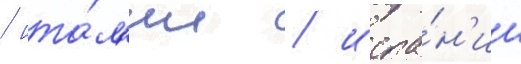
/ ита́л'ии / испа́н'ии